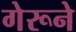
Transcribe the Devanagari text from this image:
गेरूने